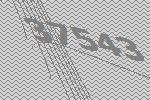
37543